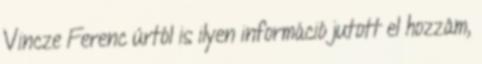
Vincze Ferenc úrtól is ilyen információ jutott el hozzám,